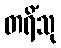
တရိံသု